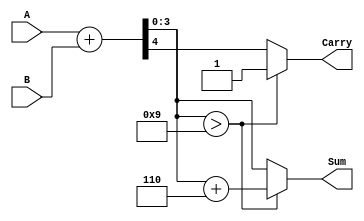
module BCD_Adder (
    input  wire [3:0] A,    // First BCD digit
    input  wire [3:0] B,    // Second BCD digit
    output reg  [3:0] Sum,   // Resulting BCD sum
    output reg  Carry        // Carry out
);

    wire [4:0] binary_sum;   // 5 bits to hold the sum and carry
    wire correction_needed;    // Flag to indicate if correction is needed

    // Perform binary addition
    assign binary_sum = A + B;

    // Check if correction is needed (if sum > 9)
    assign correction_needed = binary_sum[3:0] > 4'b1001;

    always @(*) begin
        if (correction_needed) begin
            // If correction is needed, add 6 (0110)
            Sum = binary_sum[3:0] + 4'b0110;
            Carry = 1'b1; // Set carry since we exceeded BCD range
        end else begin
            Sum = binary_sum[3:0];
            Carry = binary_sum[4]; // Carry out from the addition
        end
    end

endmodule